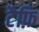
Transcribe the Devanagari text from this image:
टैफ़ि